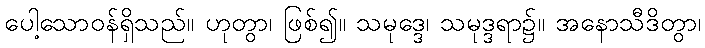
ပေါ့သောဝန်ရှိသည်။ ဟုတွာ၊ ဖြစ်၍။ သမုဒ္ဒေ၊ သမုဒ္ဒရာ၌။ အနောသီဒိတွာ၊